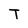
Character: T